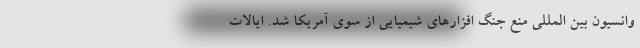
وانسیون بین المللی منع جنگ افزارهای شیمیایی از سوی آمریکا شد. ایالات